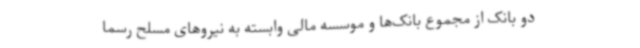
دو بانک از مجموع بانک‌ها و موسسه مالی وابسته به نیروهای مسلح رسما